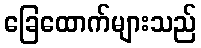
ခြေထောက်များသည်